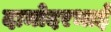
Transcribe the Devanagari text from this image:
दामोदरभाई